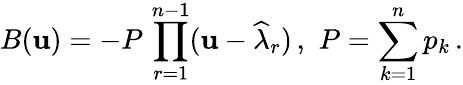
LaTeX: B(\mathbf{u})=-P\, \prod_{r=1}^{n-1}(\mathbf{u}-\widehat{{\lambda}}_{r})\, ,\, \, P=\sum_{k=1}^{n}p_{k}\, .